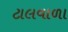
ટાલવાળા